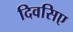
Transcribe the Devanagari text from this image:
दिवसिए